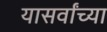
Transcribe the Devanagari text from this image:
यासर्वांच्या